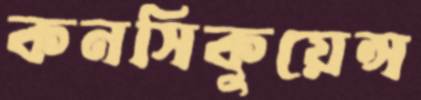
কনসিকুয়েন্স